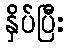
နှိပ်ပြီး